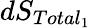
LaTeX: dS_{Total_{1}}